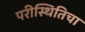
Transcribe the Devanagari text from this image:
परीस्थितिचा